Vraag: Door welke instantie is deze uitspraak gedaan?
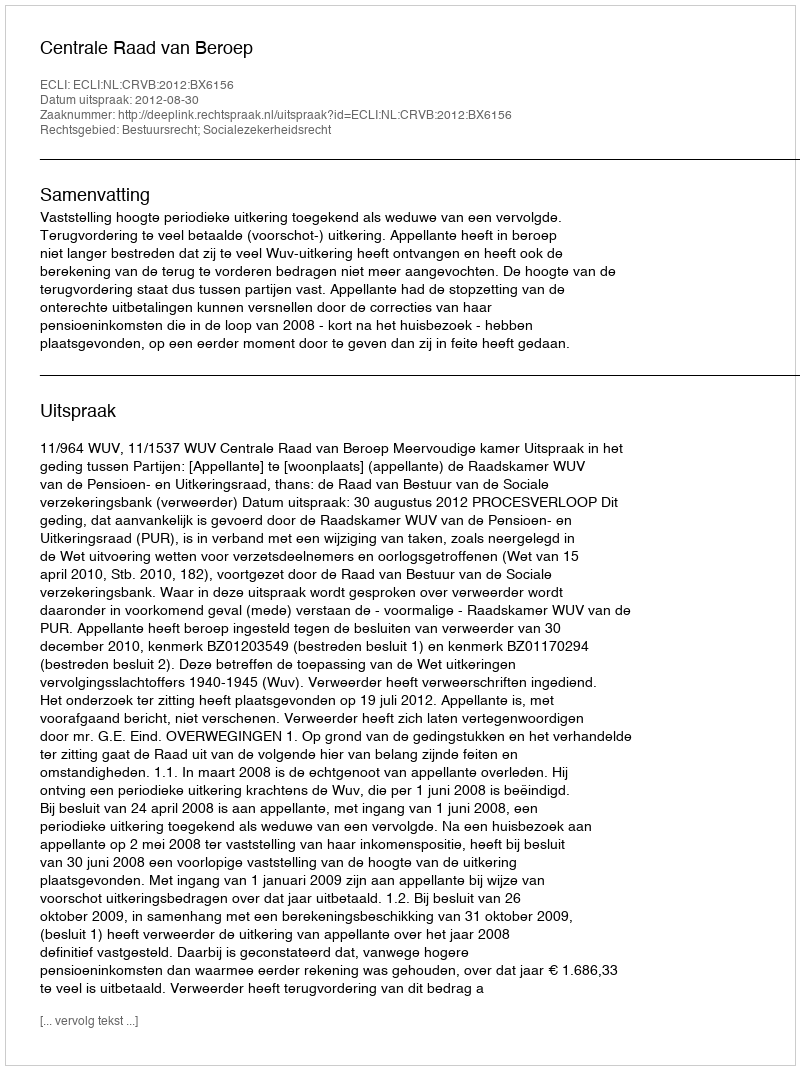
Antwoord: Centrale Raad van Beroep